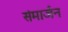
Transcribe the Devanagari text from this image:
संमार्जन